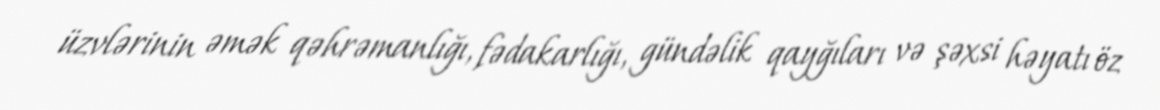
üzvlərinin əmək qəhrəmanlığı, fədakarlığı, gündəlik qayğıları və şəxsi həyatı öz